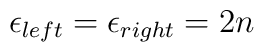
\epsilon_{left} = \epsilon_{right} =  2n